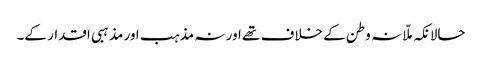
حالانکہ ملّا نہ وطن کے خلاف تھے اور نہ مذہب اور مذہبی اقدار کے۔